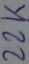
Text: 22K